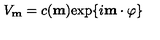
V _ { \bf m } = c ( { \bf m } ) \mathrm { e x p } \{ i { \bf m } \cdot \mathrm { \boldmath \varphi } \}